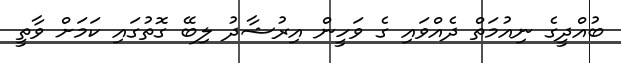
ބުއްދީގެ ނިއުމަތް ދެއްވައި ގެ ވަހީން އިރުޝާދު ލިބޭ ގޮތުގައި ކަމަށް ވާތީ